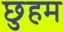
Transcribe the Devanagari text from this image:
छुहम